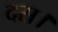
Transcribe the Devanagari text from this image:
दस।